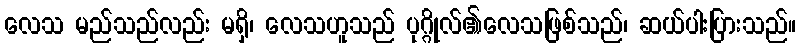
လေသ မည်သည်လည်း မရှိ၊ လေသဟူသည် ပုဂ္ဂိုလ်၏လေသဖြစ်သည်၊ ဆယ်ပါးပြားသည်။